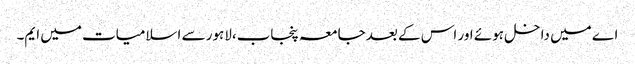
اے میں داخل ہوئے اور اس کے بعد جامعہ پنجاب،لاہور سے اسلامیات میں ایم۔